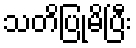
သတိပြုမိပြီး